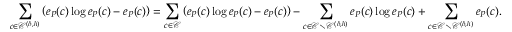
\sum _ { c \in \mathcal { C } ^ { ( \delta , h ) } } \left( e _ { P } ( c ) \log e _ { P } ( c ) - e _ { P } ( c ) \right) = \sum _ { c \in \mathcal { C } } \left( e _ { P } ( c ) \log e _ { P } ( c ) - e _ { P } ( c ) \right) - \sum _ { c \in \mathcal { C } \setminus \mathcal { C } ^ { ( \delta , h ) } } e _ { P } ( c ) \log e _ { P } ( c ) + \sum _ { c \in \mathcal { C } \setminus \mathcal { C } ^ { ( \delta , h ) } } e _ { P } ( c ) .